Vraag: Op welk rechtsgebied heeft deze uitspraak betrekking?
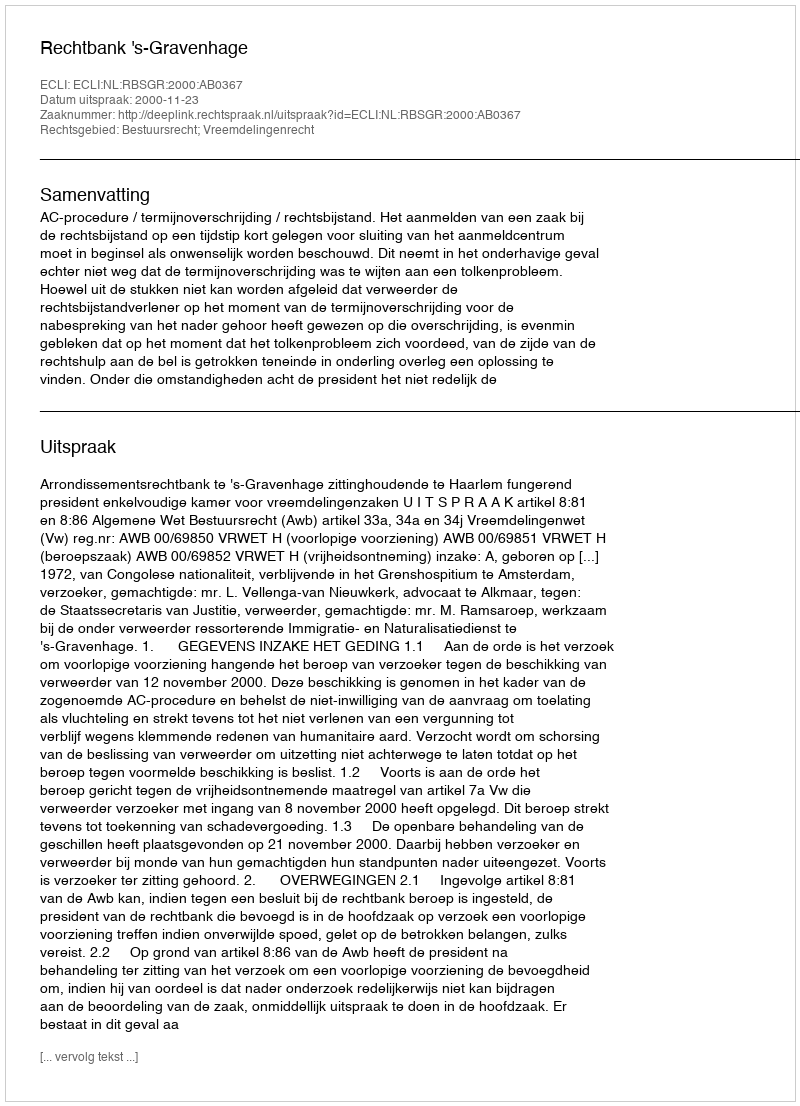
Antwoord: Bestuursrecht; Vreemdelingenrecht